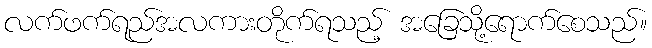
လက်ဖက်ရည်အလကားတိုက်ရသည့် အခြေသို့ရောက်စေသည်။